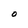
Character: O